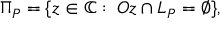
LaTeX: \Pi _ { P } = \{ z \in \mathbb { C } \, \colon \, O z \cap L _ { P } = \varnothing \} ,